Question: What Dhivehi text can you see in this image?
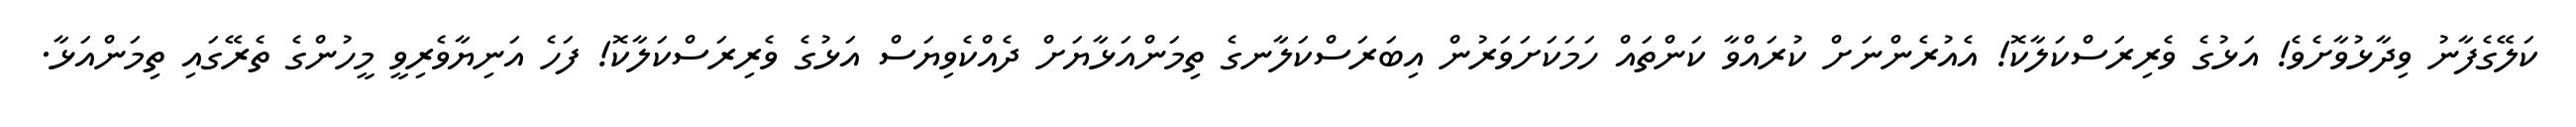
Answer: ކަލޭގެފާނު ވިދާޅުވާށެވެ! އަޅުގެ ވެރިރަސްކަލާކޮ! އެއުރެންނަށް ކުރައްވާ ކަންތައް ހަމަކަށަވަރުން އިބަރަސްކަލާނގެ ތިމަންއަޅާޔަށް ދެއްކެވިޔަސް އަޅުގެ ވެރިރަސްކަލާކޮ! ފަހެ އަނިޔާވެރިވީ މީހުންގެ ތެރޭގައި ތިމަންއަޅާ.